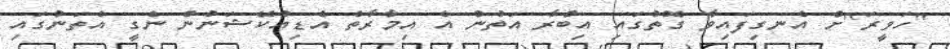
"ހަވީރަ"ށް އެނގިފައިވާ ގޮތުގައި އިބްރާ އަތުން އެ އިމާރާތް އެޑިއުކޭޝަނުން ނެގީ އެތަނުގައި